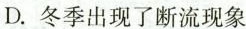
D.冬季出现了断流现象